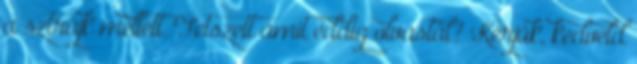
a sztrájk mellett. Tetszett amit eddig olvastál? Kérjük, kedveld